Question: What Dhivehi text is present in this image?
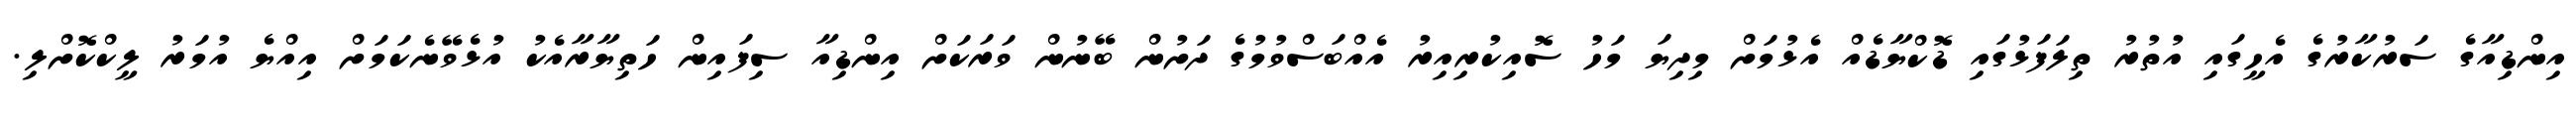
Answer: އިންޑިއާގެ ސަރުކާރުގެ އެހީގައި އުތުރު ތިލަފަޅުގައި ޑޮކްޔާޑެއް އެޅުމަށް މިދިޔަ މަހު ސޮއިކުރިއިރު އެއްބަސްވުމުގެ ދަށުން ބޭނުން ވަރަކަށް އިންޑިއާ ސިފައިން ހަތިޔާރާއެކު އުޅެވޭނެކަމަށް އިއްޔެ އުމަރު ލީކްކޮށްލި.